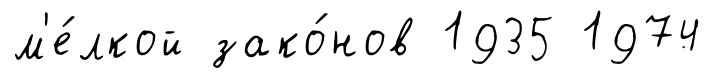
м'е́лкой зако́нов 1935 1974